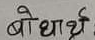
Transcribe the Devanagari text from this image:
बोधार्थ